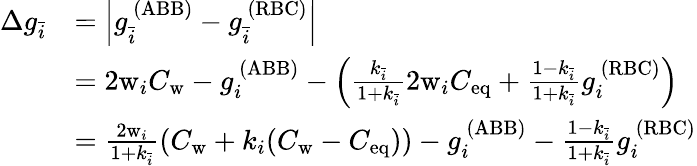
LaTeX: \begin{array}{rl}{\Delta g_{\bar{i}}}&{=\left|g_{\bar{i}}^{\ (\mathrm{ABB})}-g_{\bar{i}}^{\ (\mathrm{RBC})}\right|}\\ &{=2\mathrm{w}_{i}C_{\mathrm{w}}-g_{i}^{\ (\mathrm{ABB})}-\left(\frac{k_{\bar{i}}}{1+k_{\bar{i}}}2\mathrm{w}_{i}C_{\mathrm{eq}}+\frac{1-k_{\bar{i}}}{1+k_{\bar{i}}}g_{i}^{\ (\mathrm{RBC})}\right)}\\ &{=\frac{2\mathrm{w}_{i}}{1+k_{\bar{i}}}(C_{\mathrm{w}}+k_{i}(C_{\mathrm{w}}-C_{\mathrm{eq}}))-g_{i}^{\ (\mathrm{ABB})}-\frac{1-k_{\bar{i}}}{1+k_{\bar{i}}}g_{i}^{\ (\mathrm{RBC})}}\end{array}